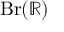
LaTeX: \operatorname { B r } ( \mathbb { R } )